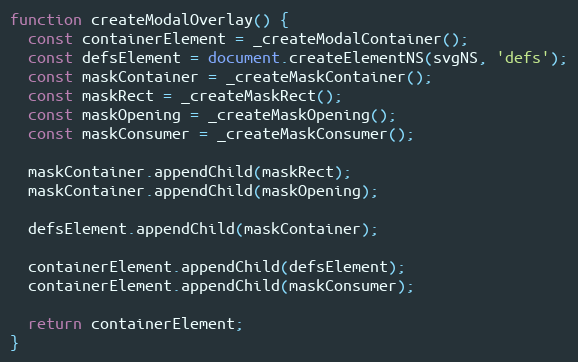
Language: JavaScript
function createModalOverlay() {
  const containerElement = _createModalContainer();
  const defsElement = document.createElementNS(svgNS, 'defs');
  const maskContainer = _createMaskContainer();
  const maskRect = _createMaskRect();
  const maskOpening = _createMaskOpening();
  const maskConsumer = _createMaskConsumer();

  maskContainer.appendChild(maskRect);
  maskContainer.appendChild(maskOpening);

  defsElement.appendChild(maskContainer);

  containerElement.appendChild(defsElement);
  containerElement.appendChild(maskConsumer);

  return containerElement;
}